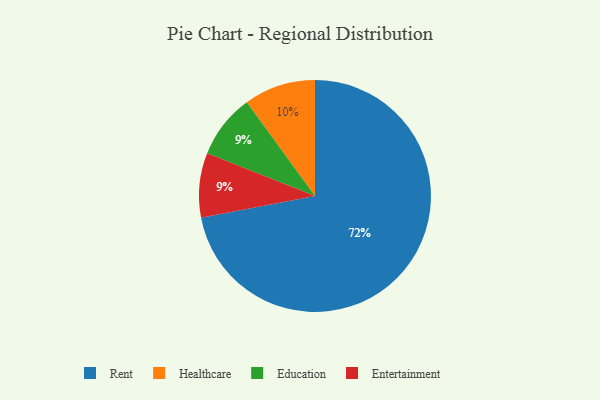
{"axis": {"x": "Category", "y": "Percentage"}, "legend": ["Education", "Entertainment", "Healthcare", "Rent"], "data": [{"x": "Education", "y": 9, "type": "Education"}, {"x": "Healthcare", "y": 10, "type": "Healthcare"}, {"x": "Entertainment", "y": 9, "type": "Entertainment"}, {"x": "Rent", "y": 72, "type": "Rent"}]}